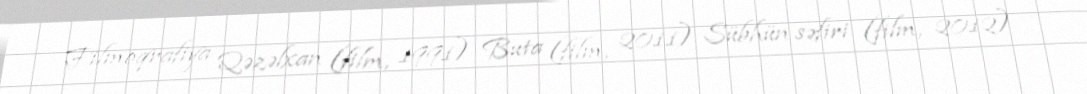
Filmoqrafiya Qəzəlxan (film, 1991) Buta (film, 2011) Sübhün səfiri (film, 2012)